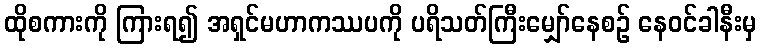
ထိုစကားကို ကြားရ၍ အရှင်မဟာကဿပကို ပရိသတ်ကြီးမျှော်နေစဉ် နေဝင်ခါနီးမှ